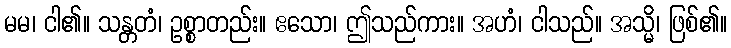
မမ၊ ငါ၏။ သန္တတံ၊ ဥစ္စာတည်း။ ဧသော၊ ဤသည်ကား။ အဟံ၊ ငါသည်။ အသ္မိ၊ ဖြစ်၏။